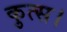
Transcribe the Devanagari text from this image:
कुत्स।